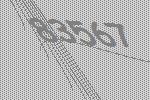
83567